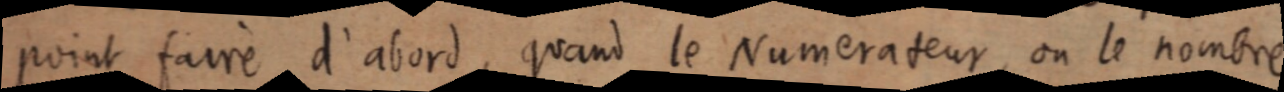
point faire d’abord, quand le Numerateur, ou le nombre